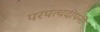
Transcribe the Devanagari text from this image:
परपत्थदीपनी